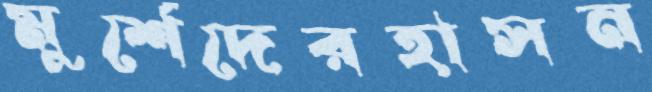
মুর্শেদেরহাসন